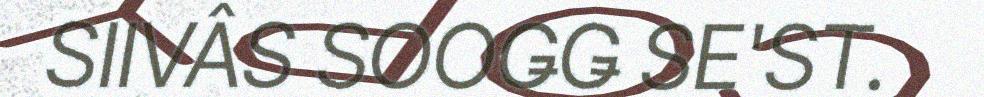
SIIVÂS SOOǤǤ SE'ST.